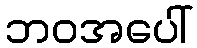
ဘဝအပေါ်